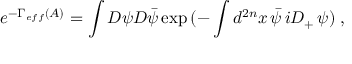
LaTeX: e ^ { - \Gamma _ { e f f } ( A ) } = \int { \cal D } \psi { \cal D } \bar { \psi } \exp { ( - \int d ^ { 2 n } x \, \bar { \psi } \, i D _ { + } \, \psi ) } \; ,